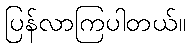
ပြန်လာကြပါတယ်။